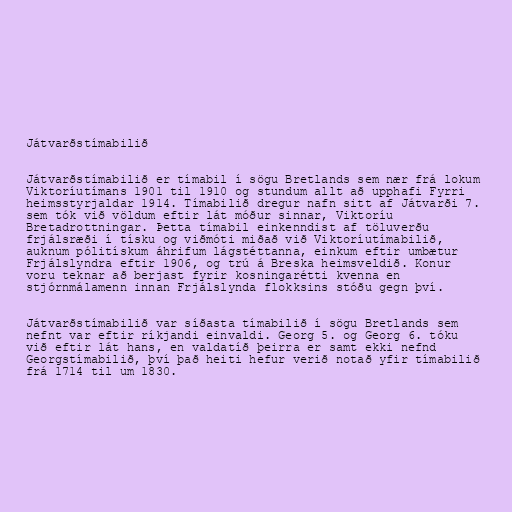
Játvarðstímabilið

Játvarðstímabilið er tímabil í sögu Bretlands sem nær frá lokum
Viktoríutímans 1901 til 1910 og stundum allt að upphafi Fyrri
heimsstyrjaldar 1914. Tímabilið dregur nafn sitt af Játvarði 7.
sem tók við völdum eftir lát móður sinnar, Viktoríu
Bretadrottningar. Þetta tímabil einkenndist af töluverðu
frjálsræði í tísku og viðmóti miðað við Viktoríutímabilið,
auknum pólitískum áhrifum lágstéttanna, einkum eftir umbætur
Frjálslyndra eftir 1906, og trú á Breska heimsveldið. Konur
voru teknar að berjast fyrir kosningarétti kvenna en
stjórnmálamenn innan Frjálslynda flokksins stóðu gegn því.

Játvarðstímabilið var síðasta tímabilið í sögu Bretlands sem
nefnt var eftir ríkjandi einvaldi. Georg 5. og Georg 6. tóku
við eftir lát hans, en valdatíð þeirra er samt ekki nefnd
Georgstímabilið, því það heiti hefur verið notað yfir tímabilið
frá 1714 til um 1830.